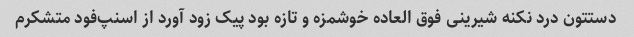
دستتون درد نکنه شیرینی فوق العاده خوشمزه و تازه بود پیک زود آورد از اسنپ‌فود متشکرم